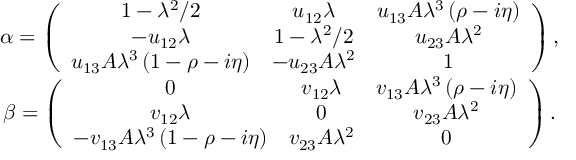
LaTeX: \begin{array} { c } { { \alpha = \left( \begin{array} { c c c } { { 1 - \lambda ^ { 2 } / 2 } } & { { u _ { 1 2 } \lambda } } & { { u _ { 1 3 } A \lambda ^ { 3 } \left( \rho - i \eta \right) } } \\ { { - u _ { 1 2 } \lambda } } & { { 1 - \lambda ^ { 2 } / 2 } } & { { u _ { 2 3 } A \lambda ^ { 2 } } } \\ { { u _ { 1 3 } A \lambda ^ { 3 } \left( 1 - \rho - i \eta \right) } } & { { - u _ { 2 3 } A \lambda ^ { 2 } } } & { { 1 } } \end{array} \right) , } } \\ { { \beta = \left( \begin{array} { c c c } { { 0 } } & { { v _ { 1 2 } \lambda } } & { { v _ { 1 3 } A \lambda ^ { 3 } \left( \rho - i \eta \right) } } \\ { { v _ { 1 2 } \lambda } } & { { 0 } } & { { v _ { 2 3 } A \lambda ^ { 2 } } } \\ { { - v _ { 1 3 } A \lambda ^ { 3 } \left( 1 - \rho - i \eta \right) } } & { { v _ { 2 3 } A \lambda ^ { 2 } } } & { { 0 } } \end{array} \right) . } } \end{array}